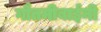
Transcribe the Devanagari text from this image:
गौतमीबाईंनी